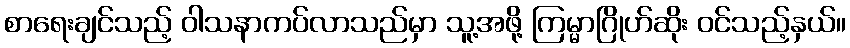
စာရေးချင်သည့် ဝါသနာကပ်လာသည်မှာ သူ့အဖို့ ကြမ္မာဂြိုဟ်ဆိုး ဝင်သည့်နှယ်။